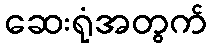
ဆေးရုံအတွက်